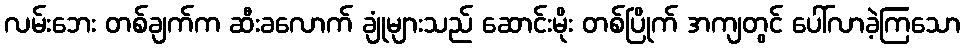
လမ်းဘေး တစ်ချက်က ဆီးခလောက် ချုံများသည် ဆောင်းမိုး တစ်ပြိုက် အကျတွင် ပေါ်လာခဲ့ကြသော